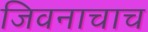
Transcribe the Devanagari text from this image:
जिवनाचाच